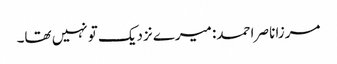
مرزا ناصر احمد: میرے نزدیک تو نہیں تھا۔